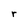
Character: r